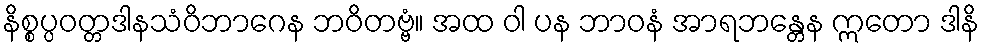
နိစ္စပ္ပဝတ္တဒါနသံဝိဘာဂေန ဘဝိတဗ္ဗံ။ အထ ဝါ ပန ဘာဝနံ အာရဘန္တေန ဣတော ဒါနိ